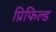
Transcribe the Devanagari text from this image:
प्रिफिल्ड